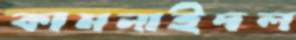
কামনাইদল